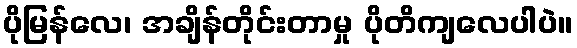
ပိုမြန်လေ၊ အချိန်တိုင်းတာမှု ပိုတိကျလေပါပဲ။